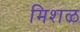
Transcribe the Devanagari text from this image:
मिशळ